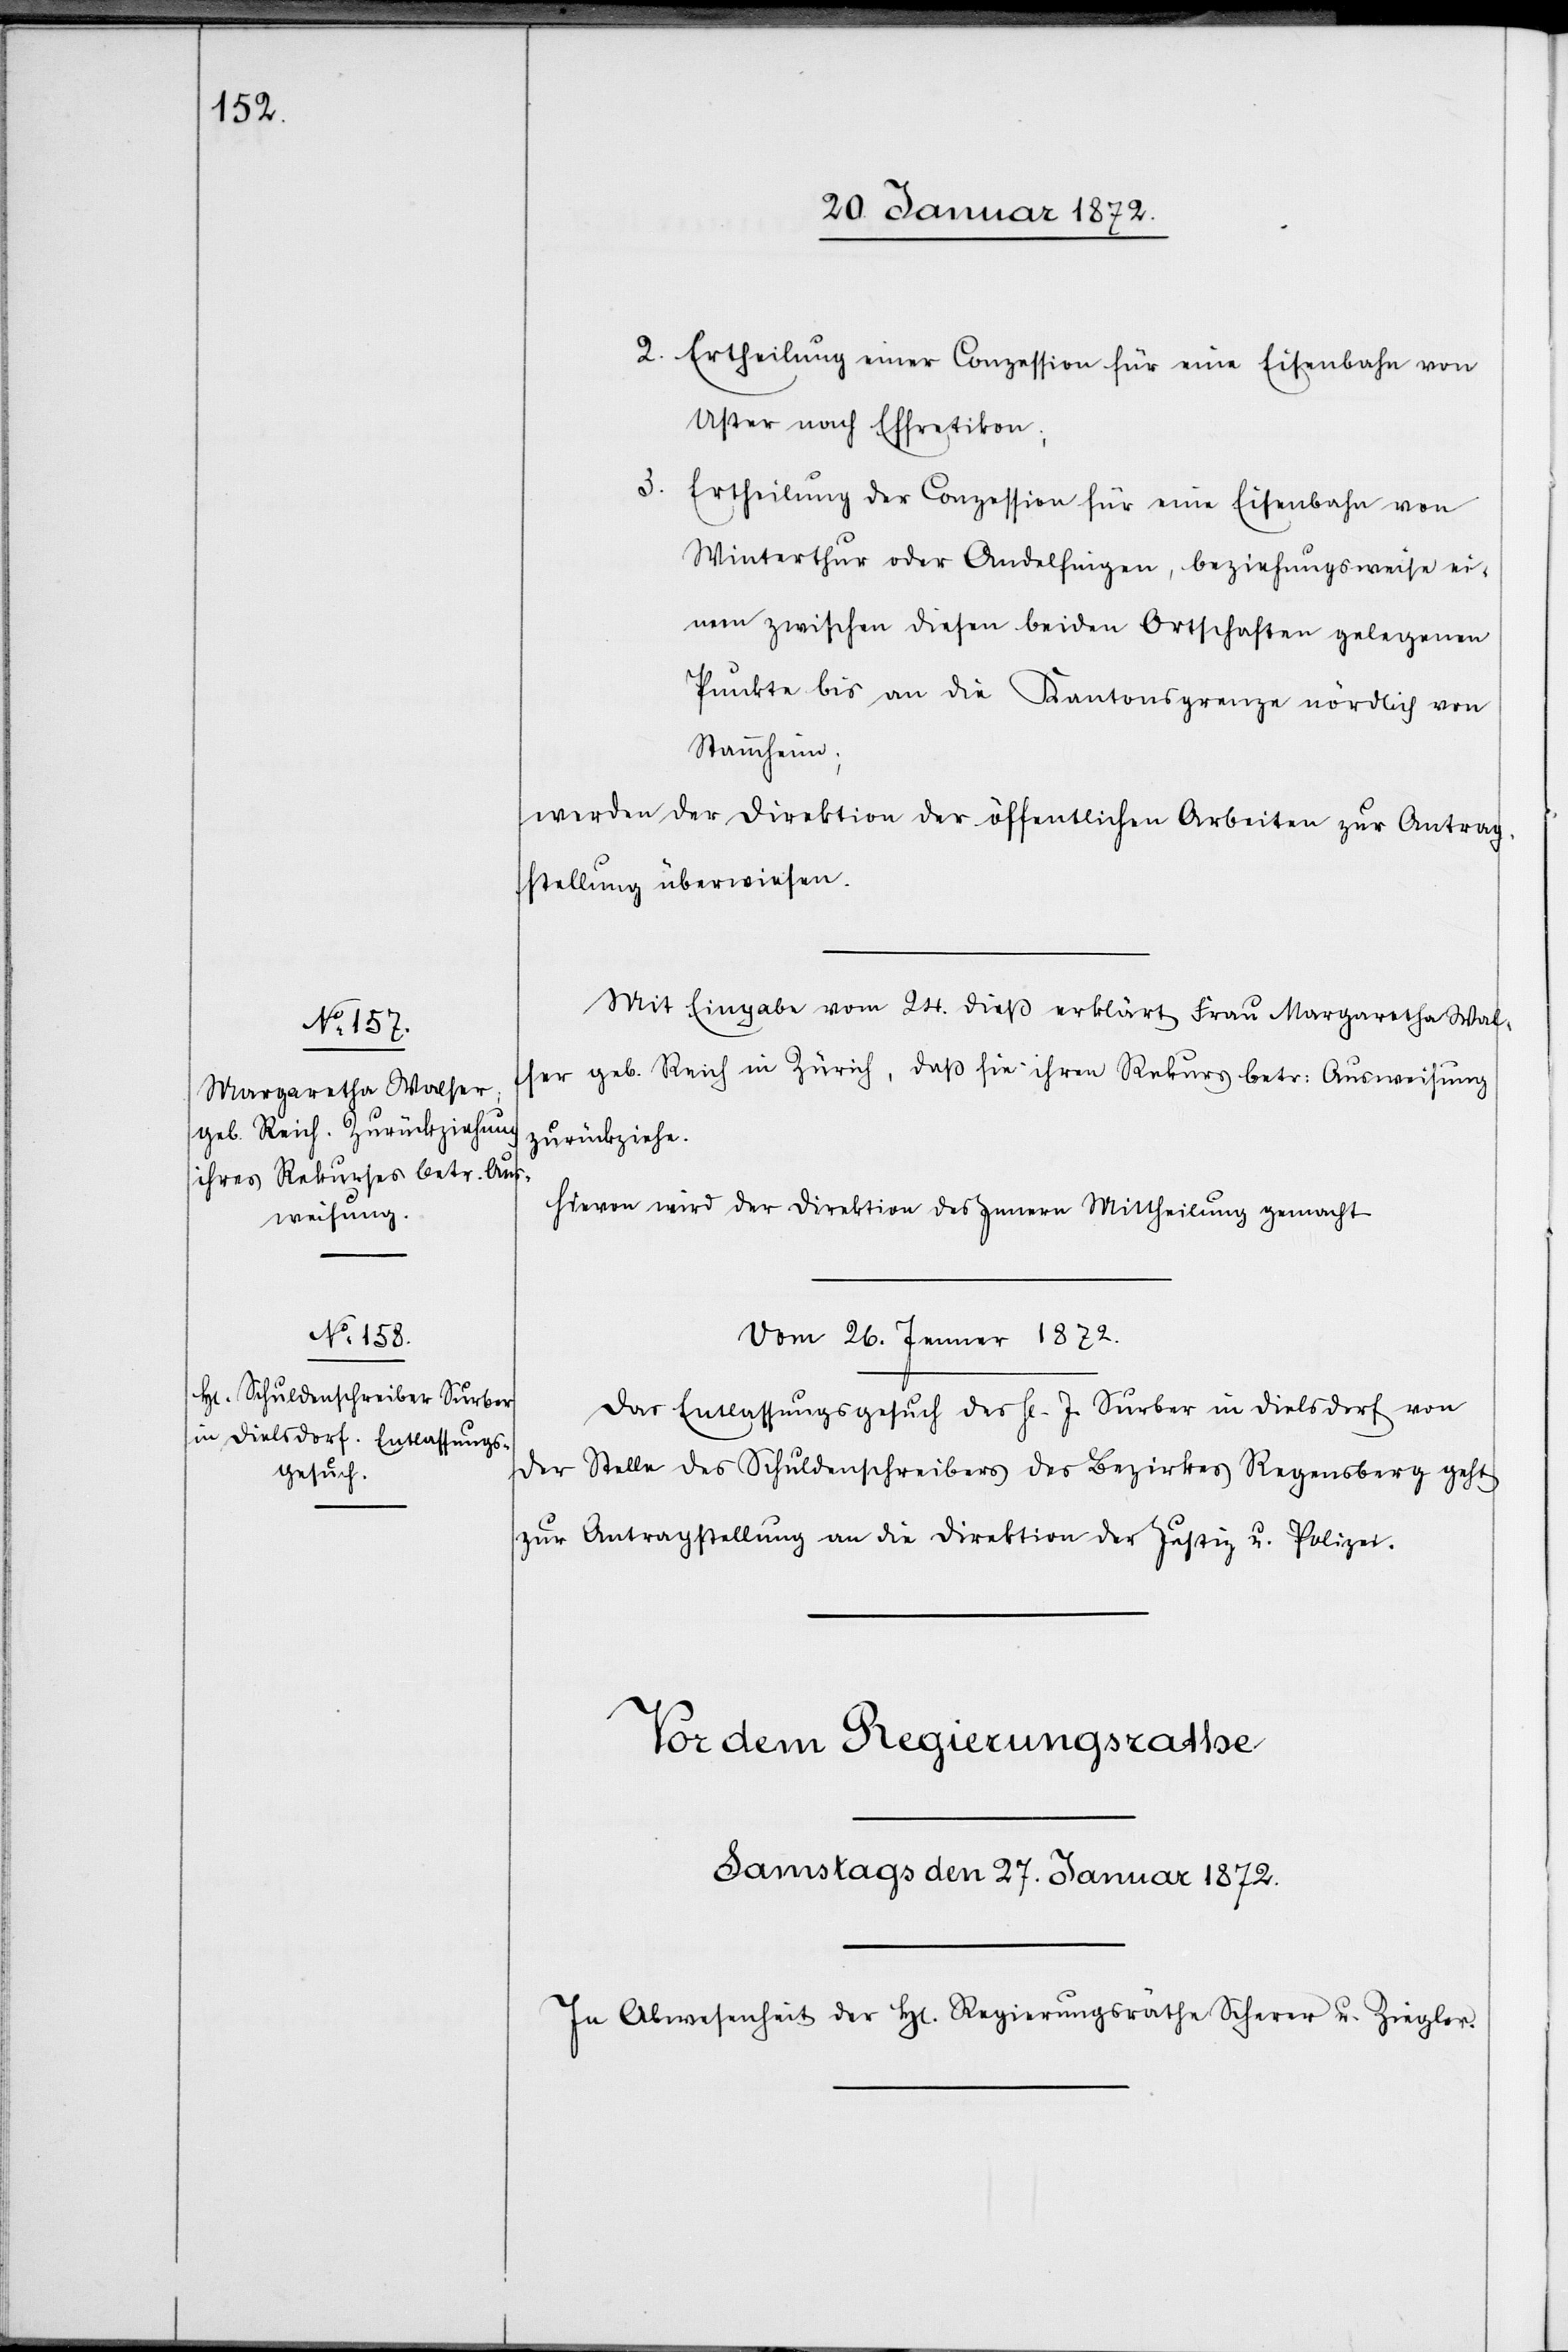
24. Januar 1872.]
Ertheilung einer Conzession für eine Eisenbahn von
Uster nach Effretikon;
Ertheilung der Conzession für eine Eisenbahn von
Winterthur oder Andelfingen, beziehungsweise ei¬
nem zwischen diesen beiden Ortschaften gelegenen
Punkte bis an die Kantonsgrenze nördlich von
Stammheim;
werden der Direktion der öffentlichen Arbeiten zur Antrag¬
sstellung überwiesen.
Mit Eingabe vom 24. dieß erklärt Frau Margaretha Wal¬
ser geb. Reich in Zürich, daß sie ihren Rekurs betr: Ausweisung
zurückziehe.
Hievon wird der Direktion des Innern Mittheilung gemacht.
Vom 26. Jenner 1872.
Das Entlassungsgesuch des H[errn] J. Surber in Dielsdorf von
der Stelle des Schuldenschreibers des Bezirkes Regensberg geht
zur Antragstellung an die Direktion der Justiz u. Polizei.